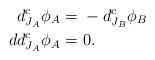
LaTeX: \begin{align*} d^c_{J_A} \phi_A =&\ - d^c_{J_B} \phi_B\\d d^c_{J_A} \phi_A =&\ 0.\end{align*}